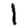
Digit: 1